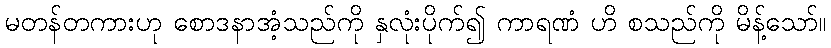
မတန်တကားဟု စောဒနာအံ့သည်ကို နှလုံးပိုက်၍ ကာရဏံ ဟိ စသည်ကို မိန့်သော်။